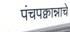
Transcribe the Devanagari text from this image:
पंचपक्वान्नाचे